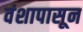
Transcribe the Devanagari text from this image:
वंशापासून